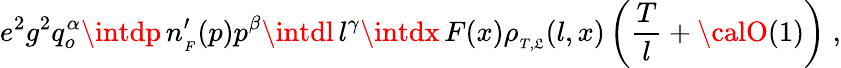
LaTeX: e^{2}g^{2}q_{o}^{\alpha}\intdp\, n_{_{F}}^{\prime}(p)p^{\beta}\intdl\, l^{\gamma}\intdx\, F(x)\rho_{_{T,\mathfrak{L}}}(l,x)\left({\frac{{T}}{{l}}}+{\calO}(1)\right)\; ,